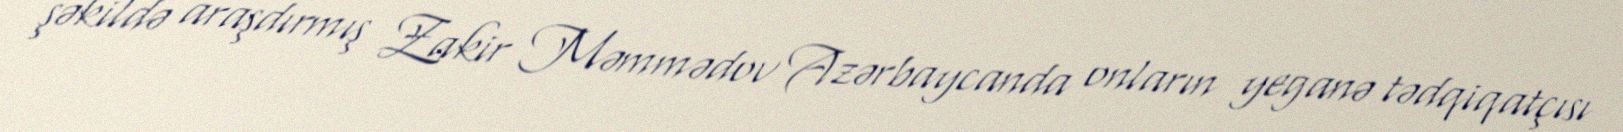
şəkildə araşdırmış Zakir Məmmədov Azərbaycanda onların yeganə tədqiqatçısı